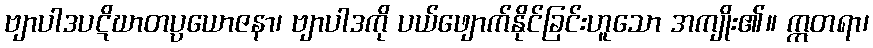
ဗျာပါဒပဋိဃာတပ္ပယောဇနာ၊ ဗျာပါဒကို ပယ်ဖျောက်နိုင်ခြင်းဟူသော အကျိုး၏။ ဣတရာ၊